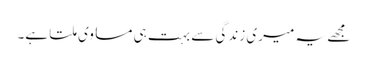
مجھے یہ میری زندگی سے بہت ہی مساوی ملتا ہے۔